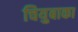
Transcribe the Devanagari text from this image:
चियुबाका